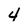
Character: 4